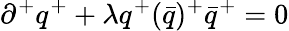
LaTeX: \partial^{+}q^{+}+\lambda{q^{+}(\bar{q})^{+}}{\bar{q}}^{+}=0